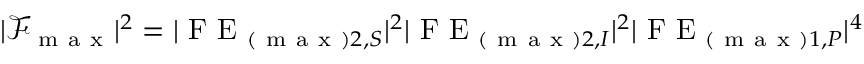
\begin{array} { r } { | \mathcal { F } _ { \mathrm { ~ m ~ a ~ x ~ } } | ^ { 2 } = | \mathrm { ~ F ~ E ~ } _ { ( \mathrm { ~ m ~ a ~ x ~ } ) 2 , S } | ^ { 2 } | \mathrm { ~ F ~ E ~ } _ { ( \mathrm { ~ m ~ a ~ x ~ } ) 2 , I } | ^ { 2 } | \mathrm { ~ F ~ E ~ } _ { ( \mathrm { ~ m ~ a ~ x ~ } ) 1 , P } | ^ { 4 } } \end{array}